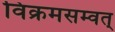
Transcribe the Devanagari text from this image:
विक्रमसम्वत्